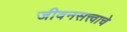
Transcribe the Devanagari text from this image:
जीवनसत्त्वाचे